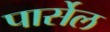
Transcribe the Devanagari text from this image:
पार्सेल